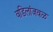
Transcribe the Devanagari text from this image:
वडिलांजवळ